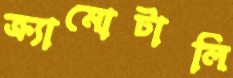
ক্র্যামোটালি